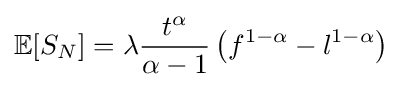
\mathbb {E} [S_{N}]=\lambda {\frac {t^{\alpha }}{\alpha -1}}\left(f^{1-\alpha }-l^{1-\alpha }\right)